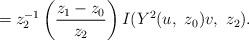
LaTeX: \begin{align*}=z_{2}^{-1}\left(\frac{z_{1}-z_{0}}{z_{2}}\right)I(Y^{2}(u,\ z_{0})v,\ z_{2}).\end{align*}